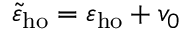
\tilde { \varepsilon } _ { \mathrm { h o } } = \varepsilon _ { \mathrm { h o } } + v _ { 0 }